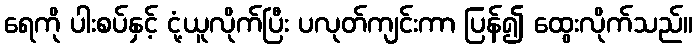
ရေကို ပါးစပ်နှင့် ငုံ့ယူလိုက်ပြီး ပလုတ်ကျင်းကာ ပြန်၍ ထွေးလိုက်သည်။